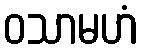
ဝသာမဟံ